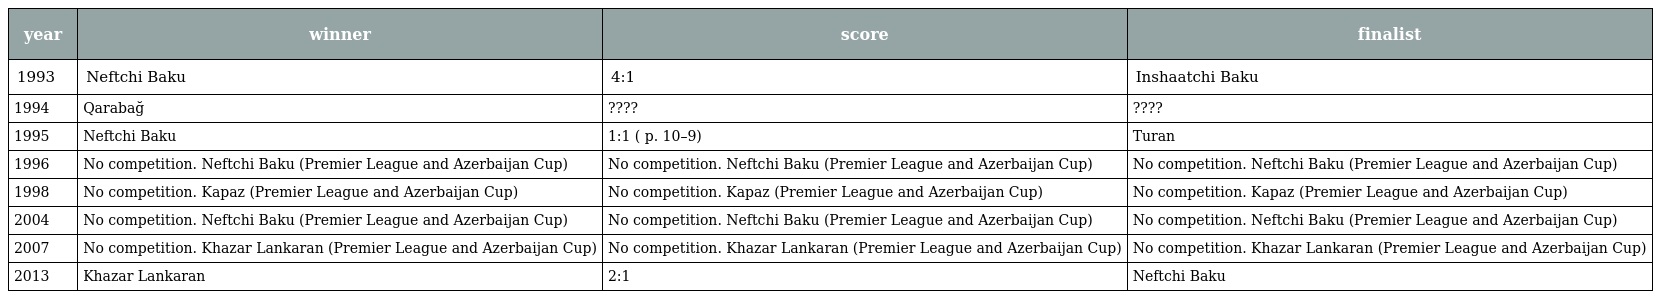
| year | winner | score | finalist |
 | --- | --- | --- | --- |
 | 1993 | Neftchi Baku | 4:1 | Inshaatchi Baku |
 | 1994 | Qarabağ | ???? | ???? |
 | 1995 | Neftchi Baku | 1:1 ( p. 10–9) | Turan |
 | 1996 | No competition. Neftchi Baku (Premier League and Azerbaijan Cup) | No competition. Neftchi Baku (Premier League and Azerbaijan Cup) | No competition. Neftchi Baku (Premier League and Azerbaijan Cup) |
 | 1998 | No competition. Kapaz (Premier League and Azerbaijan Cup) | No competition. Kapaz (Premier League and Azerbaijan Cup) | No competition. Kapaz (Premier League and Azerbaijan Cup) |
 | 2004 | No competition. Neftchi Baku (Premier League and Azerbaijan Cup) | No competition. Neftchi Baku (Premier League and Azerbaijan Cup) | No competition. Neftchi Baku (Premier League and Azerbaijan Cup) |
 | 2007 | No competition. Khazar Lankaran (Premier League and Azerbaijan Cup) | No competition. Khazar Lankaran (Premier League and Azerbaijan Cup) | No competition. Khazar Lankaran (Premier League and Azerbaijan Cup) |
 | 2013 | Khazar Lankaran | 2:1 | Neftchi Baku |